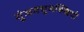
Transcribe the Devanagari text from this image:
गुंजमधुमक्खियों